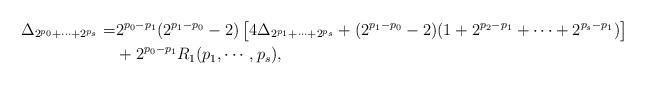
LaTeX: \begin{align*}\Delta_{2^{p_0}+\cdots+2^{p_s}}=&2^{p_0-p_1}(2^{p_1-p_0}-2)\left[4\Delta_{2^{p_1}+\cdots+2^{p_s}}+(2^{p_1-p_0}-2)(1+2^{p_2-p_1}+\cdots+2^{p_s-p_1})\right]\\&+2^{p_0-p_1} R_1(p_1,\cdots,p_s),\\\end{align*}